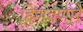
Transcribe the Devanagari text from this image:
हिणवणारे